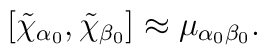
\left[ \tilde{\chi}_{\alpha _{0}},\tilde{\chi}_{\beta _{0}}\right] \approx\mu _{\alpha _{0}\beta _{0}}.